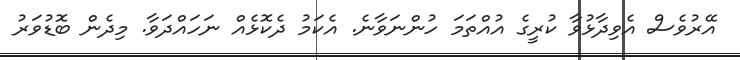
އޭރުވެސް އެވިދާޅުވާ ކުރީގެ އުއްތަމަ ހުންނަވާނެ. އެކަމު ދެކޮޅެއް ނަހައްދަވާ. މިދެން ބޮޑުވަރު